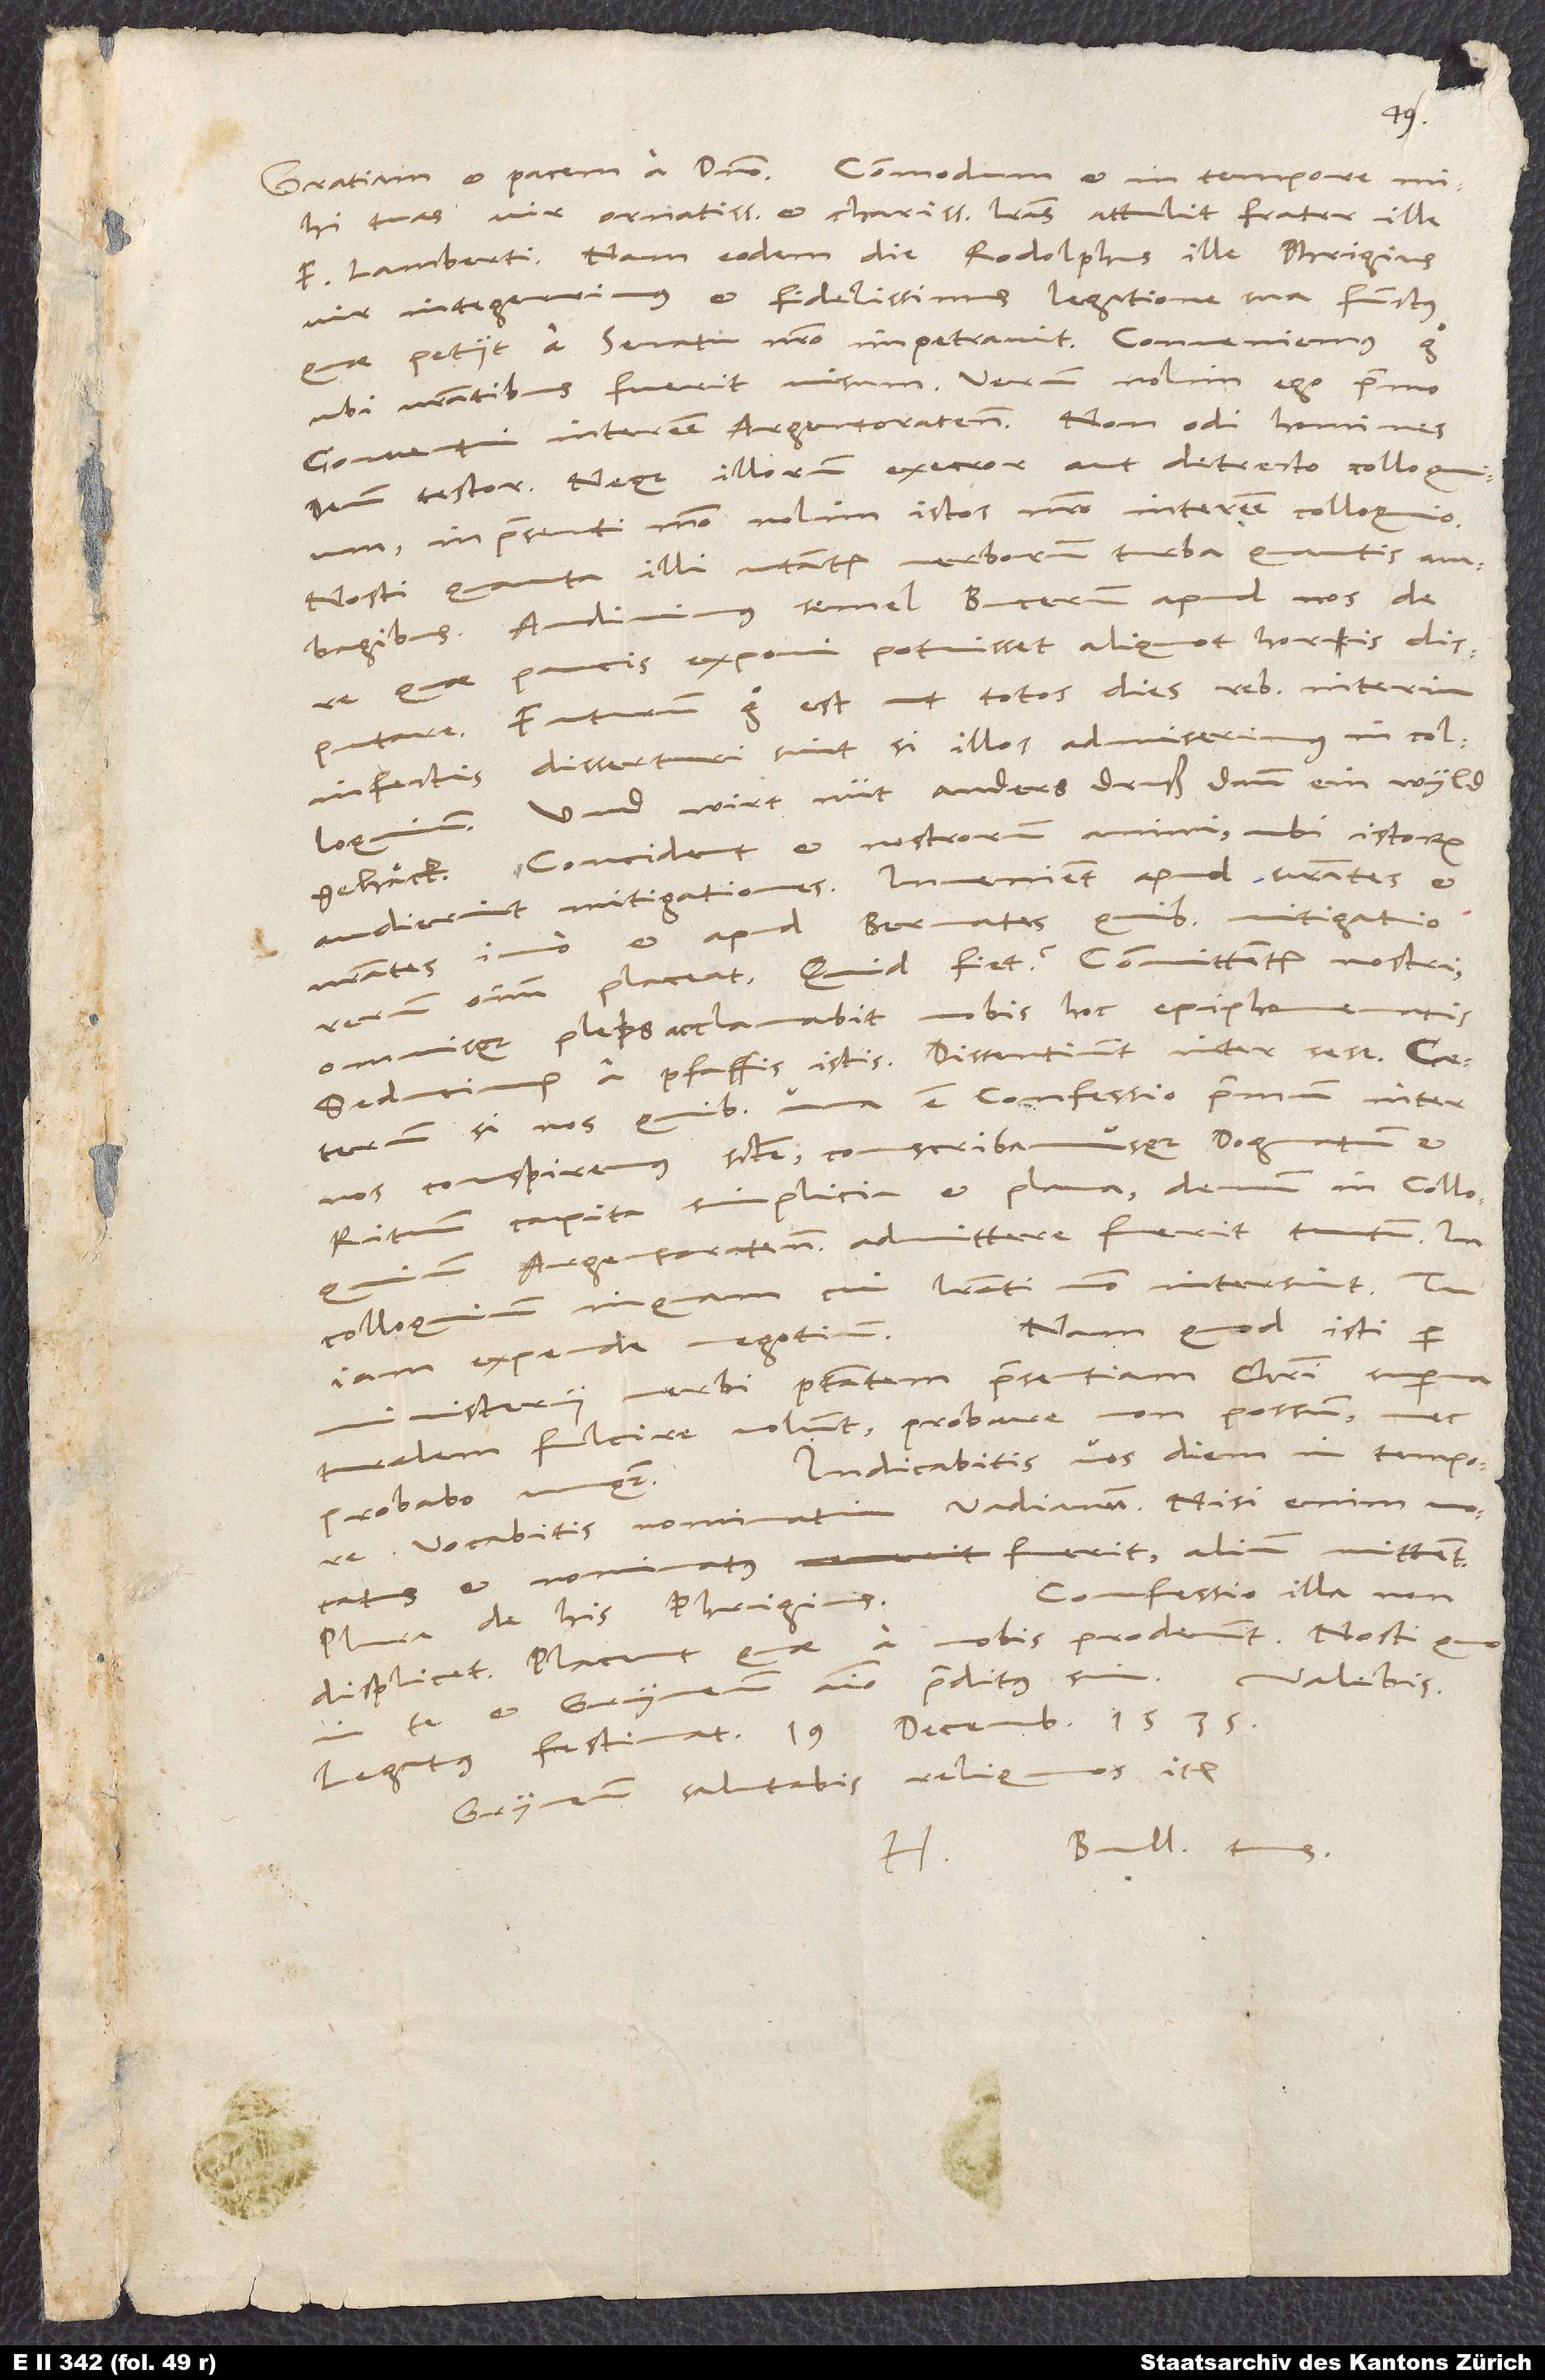
19.
mihi tuas, vir ornatissime et charissime, literas attulit frater ille
Lamberti; nam eodem die Rodolphus ille Phrigius,
vir integerrimus et fidelissimus, legatione sua functus,
quae petiit a senatu nostro, impetravit. Conveniemus ergo,
ubi nostratibus fuerit visum. Verum nolim ego primo
conventui interesse Argentoratenses. Non odi homines,
deum testor, neque illorum execror aut detrecto colloquium,
in praesenti modo nolim istos nostro interesse colloquio.
Nosti, quanta illi utantur verborum turba, quantis
ambagibus. Audivimus semel Bucerum apud nos de
quae paucis exponi potuisset, aliquot horis
disputare. Futurum ergo est, ut totos dies rebus interim
infectis disserturi sint, si illos admiserimus in colloquium.
Und wirt nüt anders druß dann ein wild
gehäck. Concident et nostrorum animi, ubi istorum
audierint mitigationes. Invenient apud vestrates et
nostrates, imo et apud Bernates, quibus mitigatio
rerum omnium placeat. Quid fiet? Committentur nostri,
omnisque plebs acclamabit nobis hoc epiphonematis:
"Seducimur a pfaffis istis", "dissentiunt inter sese". Caeterum
si nos, quibus una est confessio, primum inter
nos conspiremus sancte conscribamusque dogmatum et
rituum capita simplicia et plana, demum in colloquium
Argentoratenses admittere fuerit tutum, in
colloquium, inquam, cui literati modo intersint. Tu
Nam quod isti per
iam expende negotium.
minsterii verbi potestatem praesentiam Christi supernaturalem
fulcire volunt, probare non possum nec
Indicabitis vos diem in tempore,
probabo unquam.
vocabitis nominatimVadianum. Nisi enim vocatus
et nominatus fuerit, alium mittent.
Confessio illa non
Plura de his Phrigius.
displicet. Placent, quae a vobis prodeunt. Nosti, quo
et Gryneum animo praeditus sim.
Gryneum salutabis, reliquos item.
H. Bull. tuus.